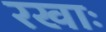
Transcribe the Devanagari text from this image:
रखाः